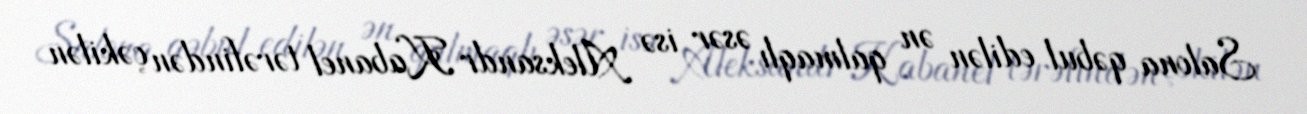
Salona qəbul edilən ən qalmaqlı əsər isə Aleksandr Kabanel tərəfindən çəkilən